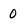
Character: 0